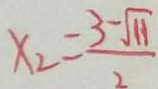
x _ { 2 } = \frac { 3 - \sqrt { 1 1 } } { 2 }